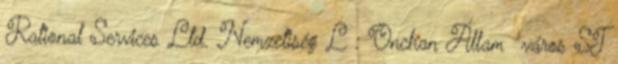
Rational Services Ltd. Nemzetiség L : Onchan Állam város ST